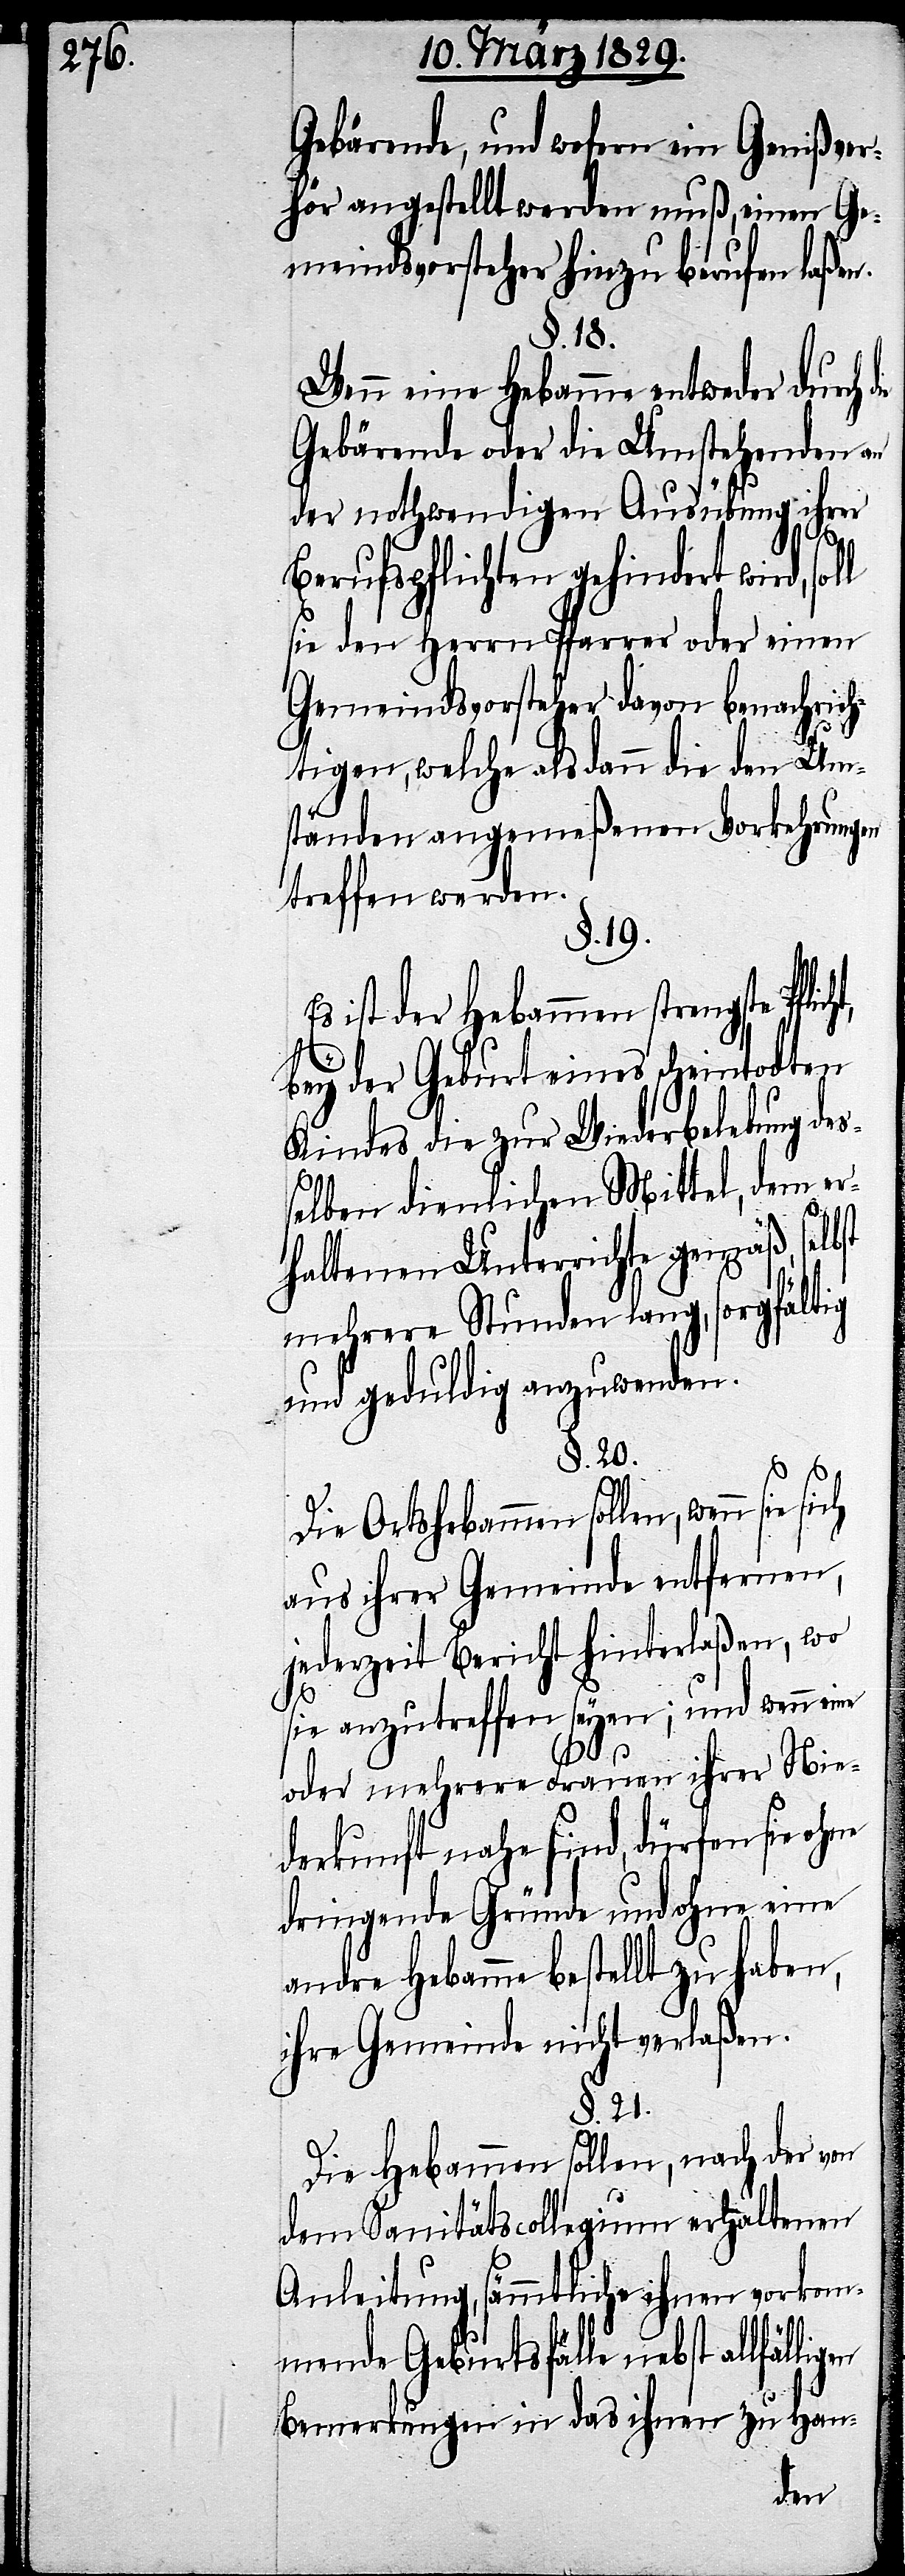
Gebärende, und wofern ein Genißver¬
hör angestellt werden muß, einen Ge¬
meindsvorsteher hinzu berufen laßen.
§. 18.
Wenn eine Hebamme entweder durch
Gebärende oder die Umstehenden an
der nothwendigen Ausübung ihrer
Berufspflichten gehindert wird,
sie den Herrn Pfarrer oder einen
Gemeindsvorsteher davon benachrich¬
tigen, welche als dann die den Um¬
ständen angmeßenen Vorkehrungen
treffen werden.
§. 19.
Es ist der Hebammen strengste Pfli¬
cht,
bey der Geburt eines scheintodten
Kindes die zur Wiederbelebung des¬
selben dienlichen Mittel, dem er¬
haltenen Unterrichte gemäß, selbst
mehrere Stunden lang, sorgfältig
und geduldig anzuwenden.
§. 20.
Die Ortshebammen sollen, wenn sie
aus ihrer Gemeinde entfernen,
jederzeit Bericht hinterlaßen, wo
sie anzutreffen seyen; und wenn eine
oder mehrere Frauen ihrer Nie¬
derkunft nahe sind, dürfen sie
dringende Gründe und ohne eine
andre Hebamme bestellt zu haben,
ihre Gemeinde nicht verlaßen.
§. 21.
Die Hebammen sollen, nach der von
dem Sanitätscollegium erhaltenen
Anleitung, sämmtliche ihnen vorkom¬
menden Geburtsfälle nebst allfäll¬
Bemerkungen in das ihnen zu Han-
igen